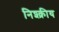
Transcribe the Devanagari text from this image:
निश्क्रीय